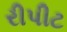
રીપીટ